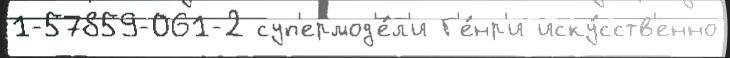
1-57859-061-2 суп'ермод'е́л'и Г'е́нр'и иску́сств'енно